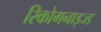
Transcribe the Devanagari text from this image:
रिकोगनाइज्ड